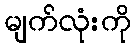
မျက်လုံးကို